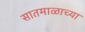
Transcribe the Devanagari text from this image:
सातमाळाच्या